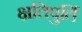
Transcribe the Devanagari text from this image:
क्षतिपुर्ति